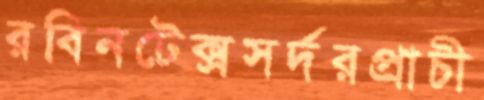
রবিনটেক্সসর্দরপ্রাচী